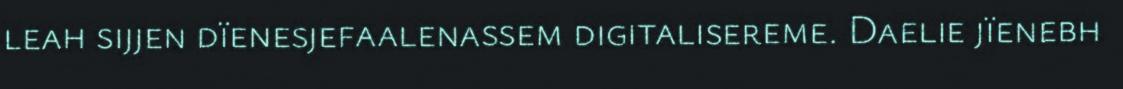
leah sijjen dïenesjefaalenassem digitalisereme. Daelie jïenebh